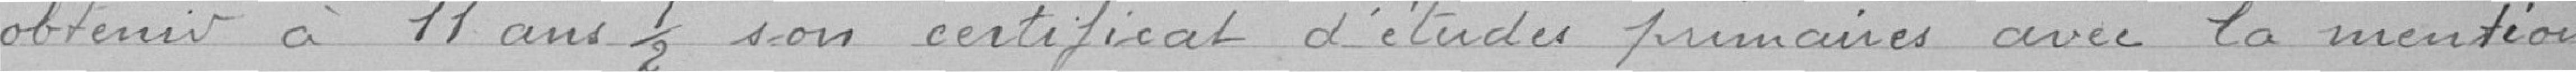
obtenir à 11 ans et demi 1 son certificat d'études primaires avec la mention